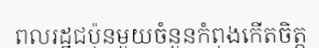
ពលរដ្ឋជប៉ុនមួយចំនួនកំពុងកើតចិត្ត